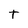
Character: t